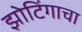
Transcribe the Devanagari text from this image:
झोटिंगाचा